Annual report on the working of the Harcourt Butler Institute of Public Health, Rangoon
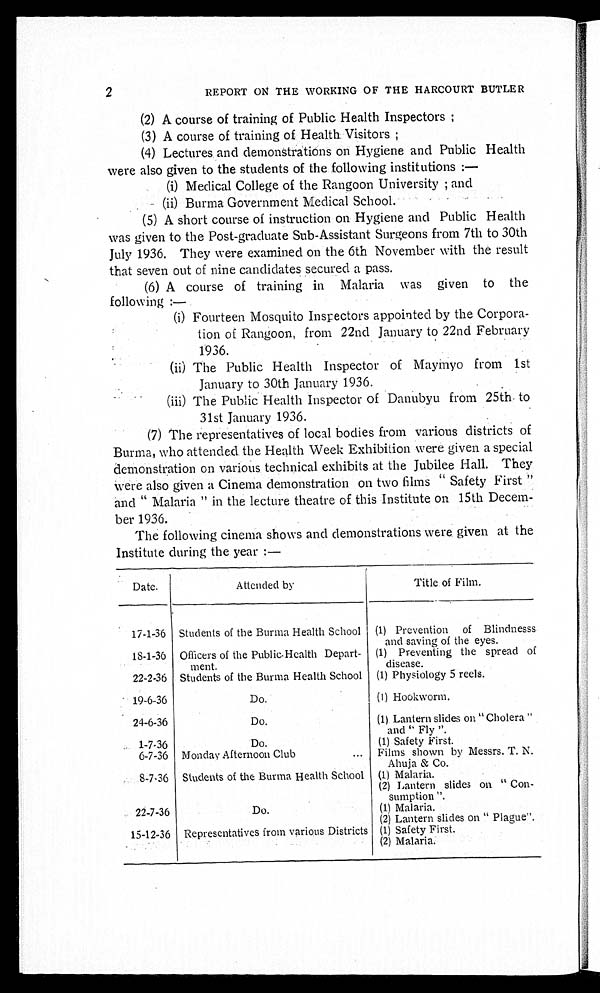
2
REPORT ON THE WORKING OF THE HARCOURT BUTLER
(2) A course of training of Public Health Inspectors ;
(3) A course of training of Health Visitors ;
(4) Lectures and demonstrations on Hygiene and Public Health
were also given to the students of the following institutions :—
(i) Medical College of the Rangoon University ; and
(ii) Burma Government Medical School.
(5) A short course of instruction on Hygiene and Public Health
was given to the Post-graduate Sub-Assistant Surgeons from 7th to 30th
July 1936. They were examined on the 6th November with the result
that seven out of nine candidates secured a pass.
(6) A course of training in Malaria was given to the
following :—
(i) Fourteen Mosquito Inspectors appointed by the Corpora
-
tion of Rangoon, from 22nd January to 22nd February
1936.
(ii) The Public Health Inspector of Maymyo from 1st
January to 30th January 1936.
(iii) The Public Health Inspector of Danubyu from 25th to
31st January 1936.
(7) The representatives of local bodies from various districts of
Burma, who attended the Health Week Exhibition were given a special
demonstration on various technical exhibits at the Jubilee Hall. They
Were also given a Cinema demonstration on two films "Safety First"
and "Malaria" in the lecture theatre of this Institute on 15th Decem
- b e r 1 9 3 6 .
The following cinema shows and demonstrations were given at the
Institute during the year :—
Date.
Attended by
Title of Film.
17-1-36 Students of the Burma Health School (1) Prevention of Blindnesss
and saving of the eyes.
18-1-36 Officers of the Public Health Depart-
ment.
(1) Preventing the spread of
disease.
22-2-36 Students of the Burma Health School (1) Physiology 5 reels.
19-6-36
Do.
(1) Hookworm.
24-6-36
Do.
(1) Lantern slides on "Cholera"
and "Fly".
1-7-36
Do.
(1) Safety First.
6-7-36 Monday Afternoon Club
. . . Films shown by Messrs. T. N.
Ahuja & Co.
8-7-36 Students of the Burma Health School (1) Malaria.
(2) Lantern slides on "Con-
sumption".
22-7-36
Do.
(1) Malaria.
(2) Lantern slides on "Plague".
15-12-36 Representatives from various Districts (1) Safety First.
(2) Malaria.